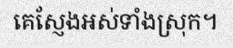
គេស្ញែងអស់ទាំងស្រុក។